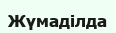
Жүмаділда